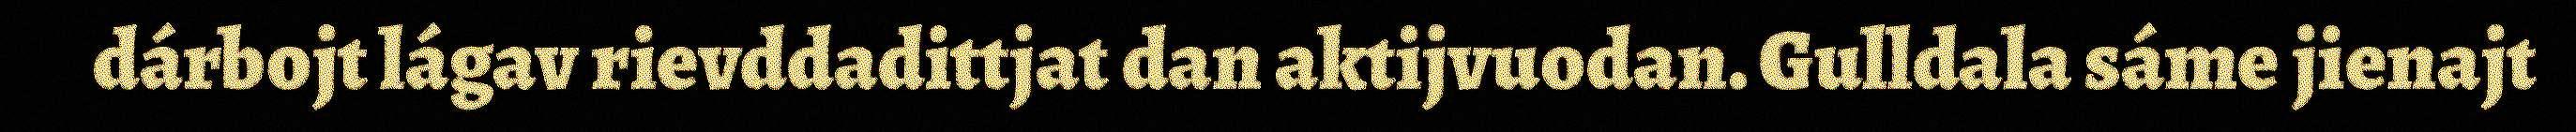
dárbojt lágav rievddadittjat dan aktijvuodan. Gulldala sáme jienajt